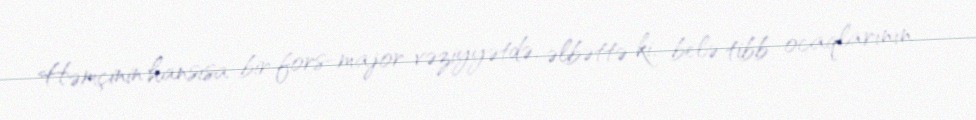
Həmçinin hansısa bir fors-major vəziyyətdə, əlbəttə ki, belə tibb ocaqlarının